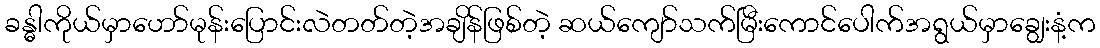
ခန္ဓါကိုယ်မှာဟော်မုန်းပြောင်းလဲတတ်တဲ့အချိန်ဖြစ်တဲ့ ဆယ်ကျော်သက်မြီးကောင်ပေါက်အရွယ်မှာချွေးနံ့က